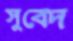
সুবেদ